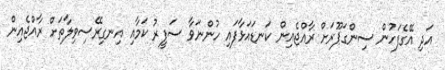
އަދި އޭގެފަހުން ސިންގަޕޫރަށް ރާއްޖެއިން ކަނޑައަޅާފައި ހުންނަވާ ސަފީރު ކަމާއި އިނގިރޭސިވިލާތަށް ރާއްޖެއިން